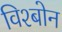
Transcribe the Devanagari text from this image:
विश्बोन